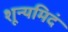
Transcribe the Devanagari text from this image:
शून्यमिदं